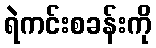
ရဲကင်းစခန်းကို